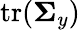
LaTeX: \operatorname{tr}(\mathbf{\Sigma}_{y})